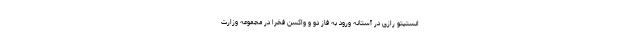
انستیتو رازی در آستانه ورود به فاز دو و واکسن فخرا در مجموعه وزارت